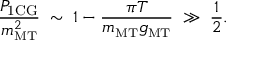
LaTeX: \frac { P _ { \mathrm { 1 C G } } } { m _ { \mathrm { \scriptscriptstyle { M T } } } ^ { 2 } } \; \sim \; 1 - \frac { \pi T } { m _ { \mathrm { \scriptscriptstyle { M T } } } g _ { \mathrm { \scriptscriptstyle { M T } } } } \; \gg \; \frac { 1 } { 2 } .